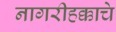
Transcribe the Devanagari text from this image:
नागरीहक्काचे